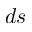
d \boldsymbol s